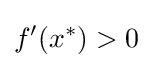
f'(x^{*})>0